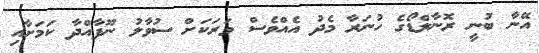
އޭނާ ބުނީ ރޮނާލްޑޯގެ ހުނަރާ މެދު އެއްވެސް ވަރަކަށް ސުވާލު ނޫފާއްދާ ކަމަށާއި